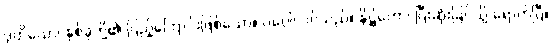
ဒုတိယော၊ နှစ်ခုတို့၏ ပြည့်ကြောင်းဖြစ်သော။ ဝဂ္ဂေါ၊ ဝဂ်သည်။ နိဋ္ဌိတော၊ ပြီးဆုံးခြင်သို့ ရောက်ပြီ။